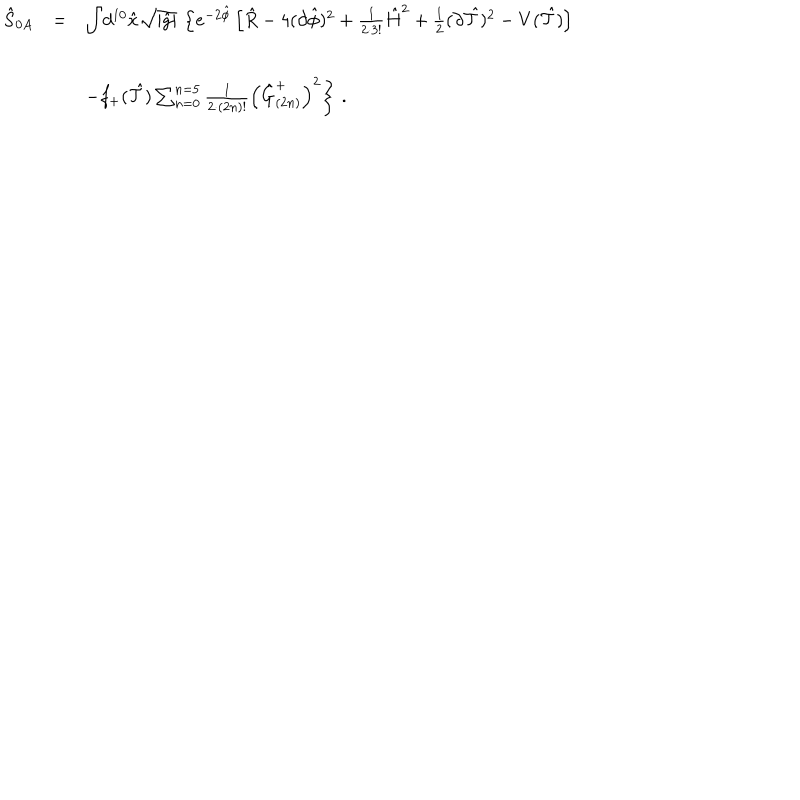
LaTeX: \begin{array} { r c l } { { \hat { S } _ { 0 A } } } & { { = } } & { { { \displaystyle \int } d ^ { 1 0 } \hat { x } \sqrt { | \hat { g } | } \, \left\{ e ^ { - 2 \hat { \phi } } \left[ \hat { R } - 4 ( \partial \hat { \phi } ) ^ { 2 } + \frac { 1 } { 2 \cdot 3 ! } \hat { H } ^ { 2 } + \frac { 1 } { 2 } ( \partial \hat { \cal T } ) ^ { 2 } - V ( \hat { \cal T } ) \right] \right. } } \\ { { } } & { { } } & { { } } \\ { { } } & { { } } & { { \hspace { 1 c m } \left. - f _ { + } ( \hat { \cal T } ) \sum _ { n = 0 } ^ { n = 5 } \frac { 1 } { 2 \cdot ( 2 n ) ! } \left( \hat { G } _ { ( 2 n ) } ^ { + } \right) ^ { 2 } \right\} \, . } } \\ \end{array}